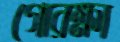
গোরক্ষা